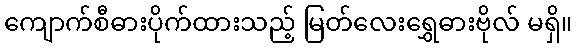
ကျောက်စီဓားပိုက်ထားသည့် မြတ်လေးရွှေဓားဗိုလ် မရှိ။